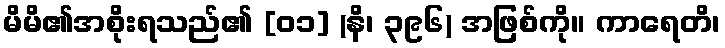
မိမိ၏အစိုးရသည်၏ [၀၁] (နိ၊ ၃၉၆) အဖြစ်ကို။ ကာရေတိ၊